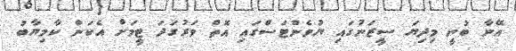
އޭނާ ބުނީ މިދިޔަ ސީޒަނުގައި ޔުވެންޓަސްގައި އޮތް ވަރުގަދަ ޓީމަށް އެކަން ކާމިޔާބު